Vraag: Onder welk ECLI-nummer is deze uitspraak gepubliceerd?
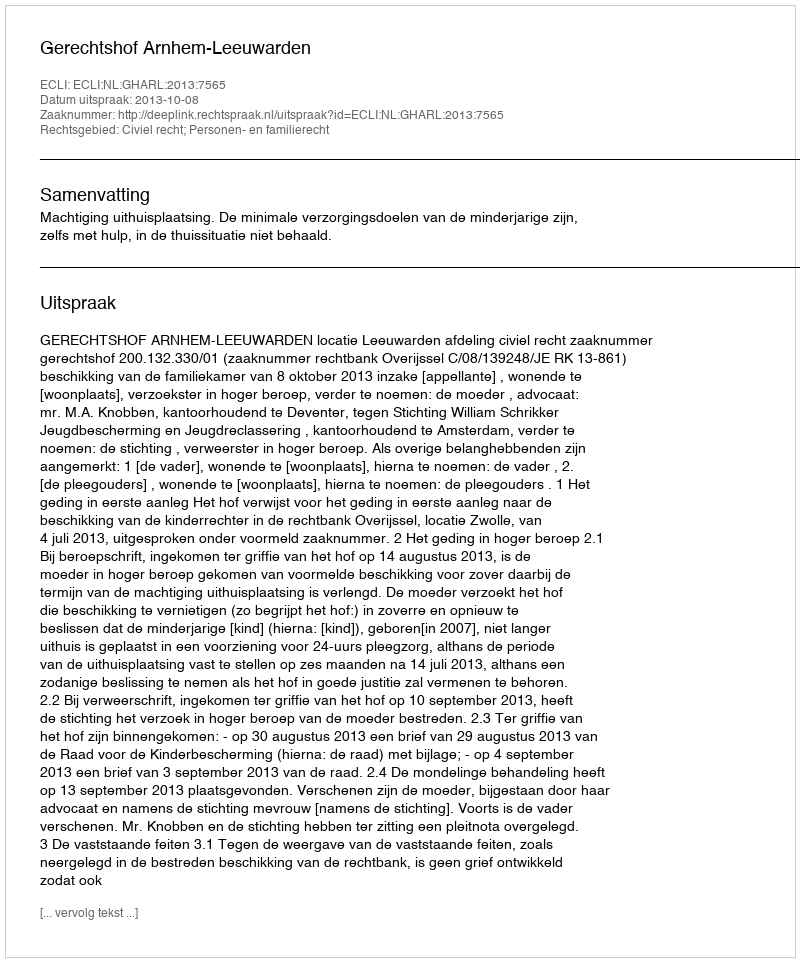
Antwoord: ECLI:NL:GHARL:2013:7565